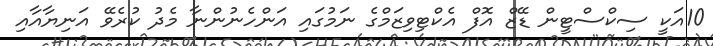
10އަކީ ސިކްސްޓީން ޑޭޒް އޮފް އެކްޓިވިޒަމްގެ ނަމުގައި އަންހެނުންނާ މެދު ކުރެވޭ އަނިޔާއާއި